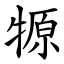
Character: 㹉